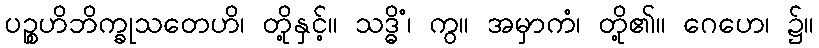
ပဉ္စဟိဘိက္ခုသတေဟိ၊ တို့နှင့်။ သဒ္ဓိံ၊ ကွ။ အမှာကံ၊ တို့၏။ ဂေဟေ၊ ၌။